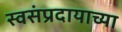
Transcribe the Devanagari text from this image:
स्वसंप्रदायाच्या